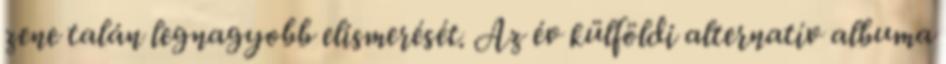
zene talán legnagyobb elismerését. Az év külföldi alternatív albuma